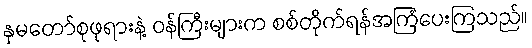
နှမတော်စုဖုရားနဲ့ ဝန်ကြီးများက စစ်တိုက်ရန်အကြံပေးကြသည်။